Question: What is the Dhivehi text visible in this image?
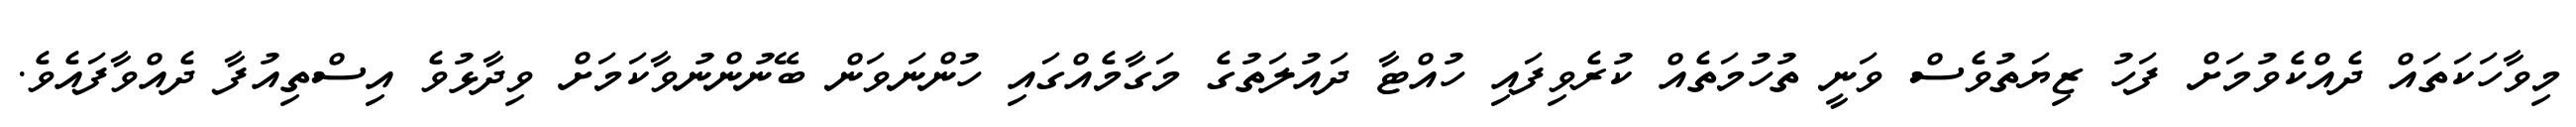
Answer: މިވާހަކަތައް ދެއްކެވުމަށް ފަހު ޒިޔަތުވެސް ވަނީ ތުހުމަތެއް ކުރެވިފައި ހުއްޓާ ދައުލަތުގެ މަގާމެއްގައި ހުންނަވަން ބޭނުންނުވާކަމަށް ވިދާޅުވެ އިސްތިއުފާ ދެއްވާފައެވެ.